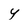
Character: Y